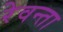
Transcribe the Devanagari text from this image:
रेवन्ता